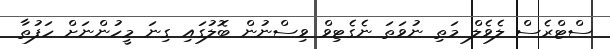
ސްޓްރެސް ލެވެލް މަތި ނުވަތަ ނެގެޓިވް ވިސްނުން ބޮލުގައި ގިނަ މީހުންނަށް ހަފުތާ